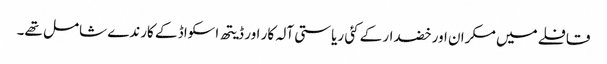
قافلے میں مکران اور خضدار کے کئی ریاستی آلہ کار اور ڈیتھ اسکواڈ کے کارندے شامل تھے۔